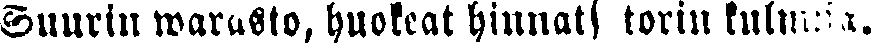
Suurin warasto, huokeat hinnat| torin kulmasa.